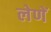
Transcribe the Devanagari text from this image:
लेणें